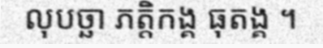
លុបច្ឆា ភត្តិកង្គ ធុតង្គ ។